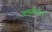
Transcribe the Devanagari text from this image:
अणुविज्ञान